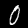
Digit: 0